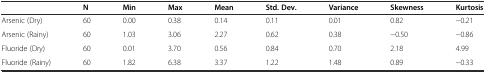
<table><thead><tr><td></td><td><b>N</b></td><td><b>Min</b></td><td><b>Max</b></td><td><b>Mean</b></td><td><b>Std. Dev.</b></td><td><b>Variance</b></td><td><b>Skewness</b></td><td><b>Kurtosis</b></td></tr></thead><tbody><tr><td>Arsenic (Dry)</td><td>60</td><td>0.00</td><td>0.38</td><td>0.14</td><td>0.11</td><td>0.01</td><td>0.82</td><td>-0.21</td></tr><tr><td>Arsenic (Rainy)</td><td>60</td><td>1.03</td><td>3.06</td><td>2.27</td><td>0.62</td><td>0.38</td><td>-0.50</td><td>-0.86</td></tr><tr><td>Fluoride (Dry)</td><td>60</td><td>0.01</td><td>3.70</td><td>0.56</td><td>0.84</td><td>0.70</td><td>2.18</td><td>4.99</td></tr><tr><td>Fluoride (Rainy)</td><td>60</td><td>1.82</td><td>6.38</td><td>3.37</td><td>1.22</td><td>1.48</td><td>0.89</td><td>-0.33</td></tr></tbody></table>